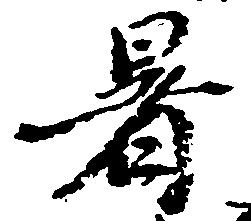
暑